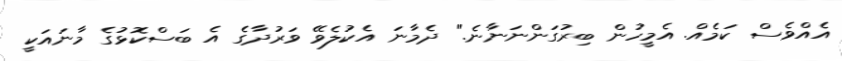
އެއްވެސް ކަމެއް. އެމީހުން ބިރުގަންނަނާނެ." ދެމާނަ އެކުލެވޭ ވަރުދާގެ އެ ބަސްކޮޅުގެ މާނައަކީ